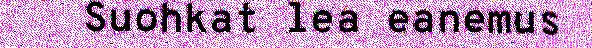
Suohkat lea eanemus